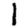
Digit: 1